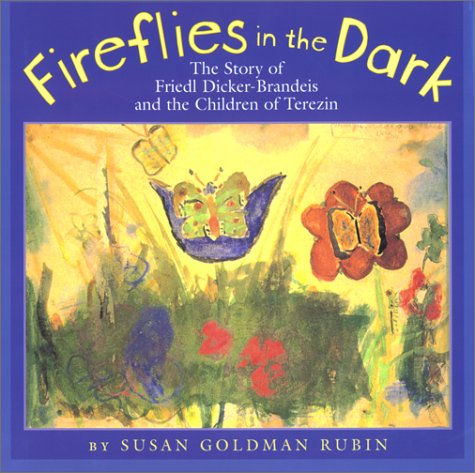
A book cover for Fireflies in the Dark: The Story of Friedl Dicker-Brandeis and the Children of Terezin; Susan Goldman Rubin; Children's Books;